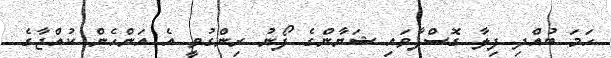
ހަމަ ބުއްދި ފިލާ ގޮސްފާވައި ޝަޔާންގެ ފޯނު ރިންގުވީ އެ އަންހެން ކުއްޖާގެ